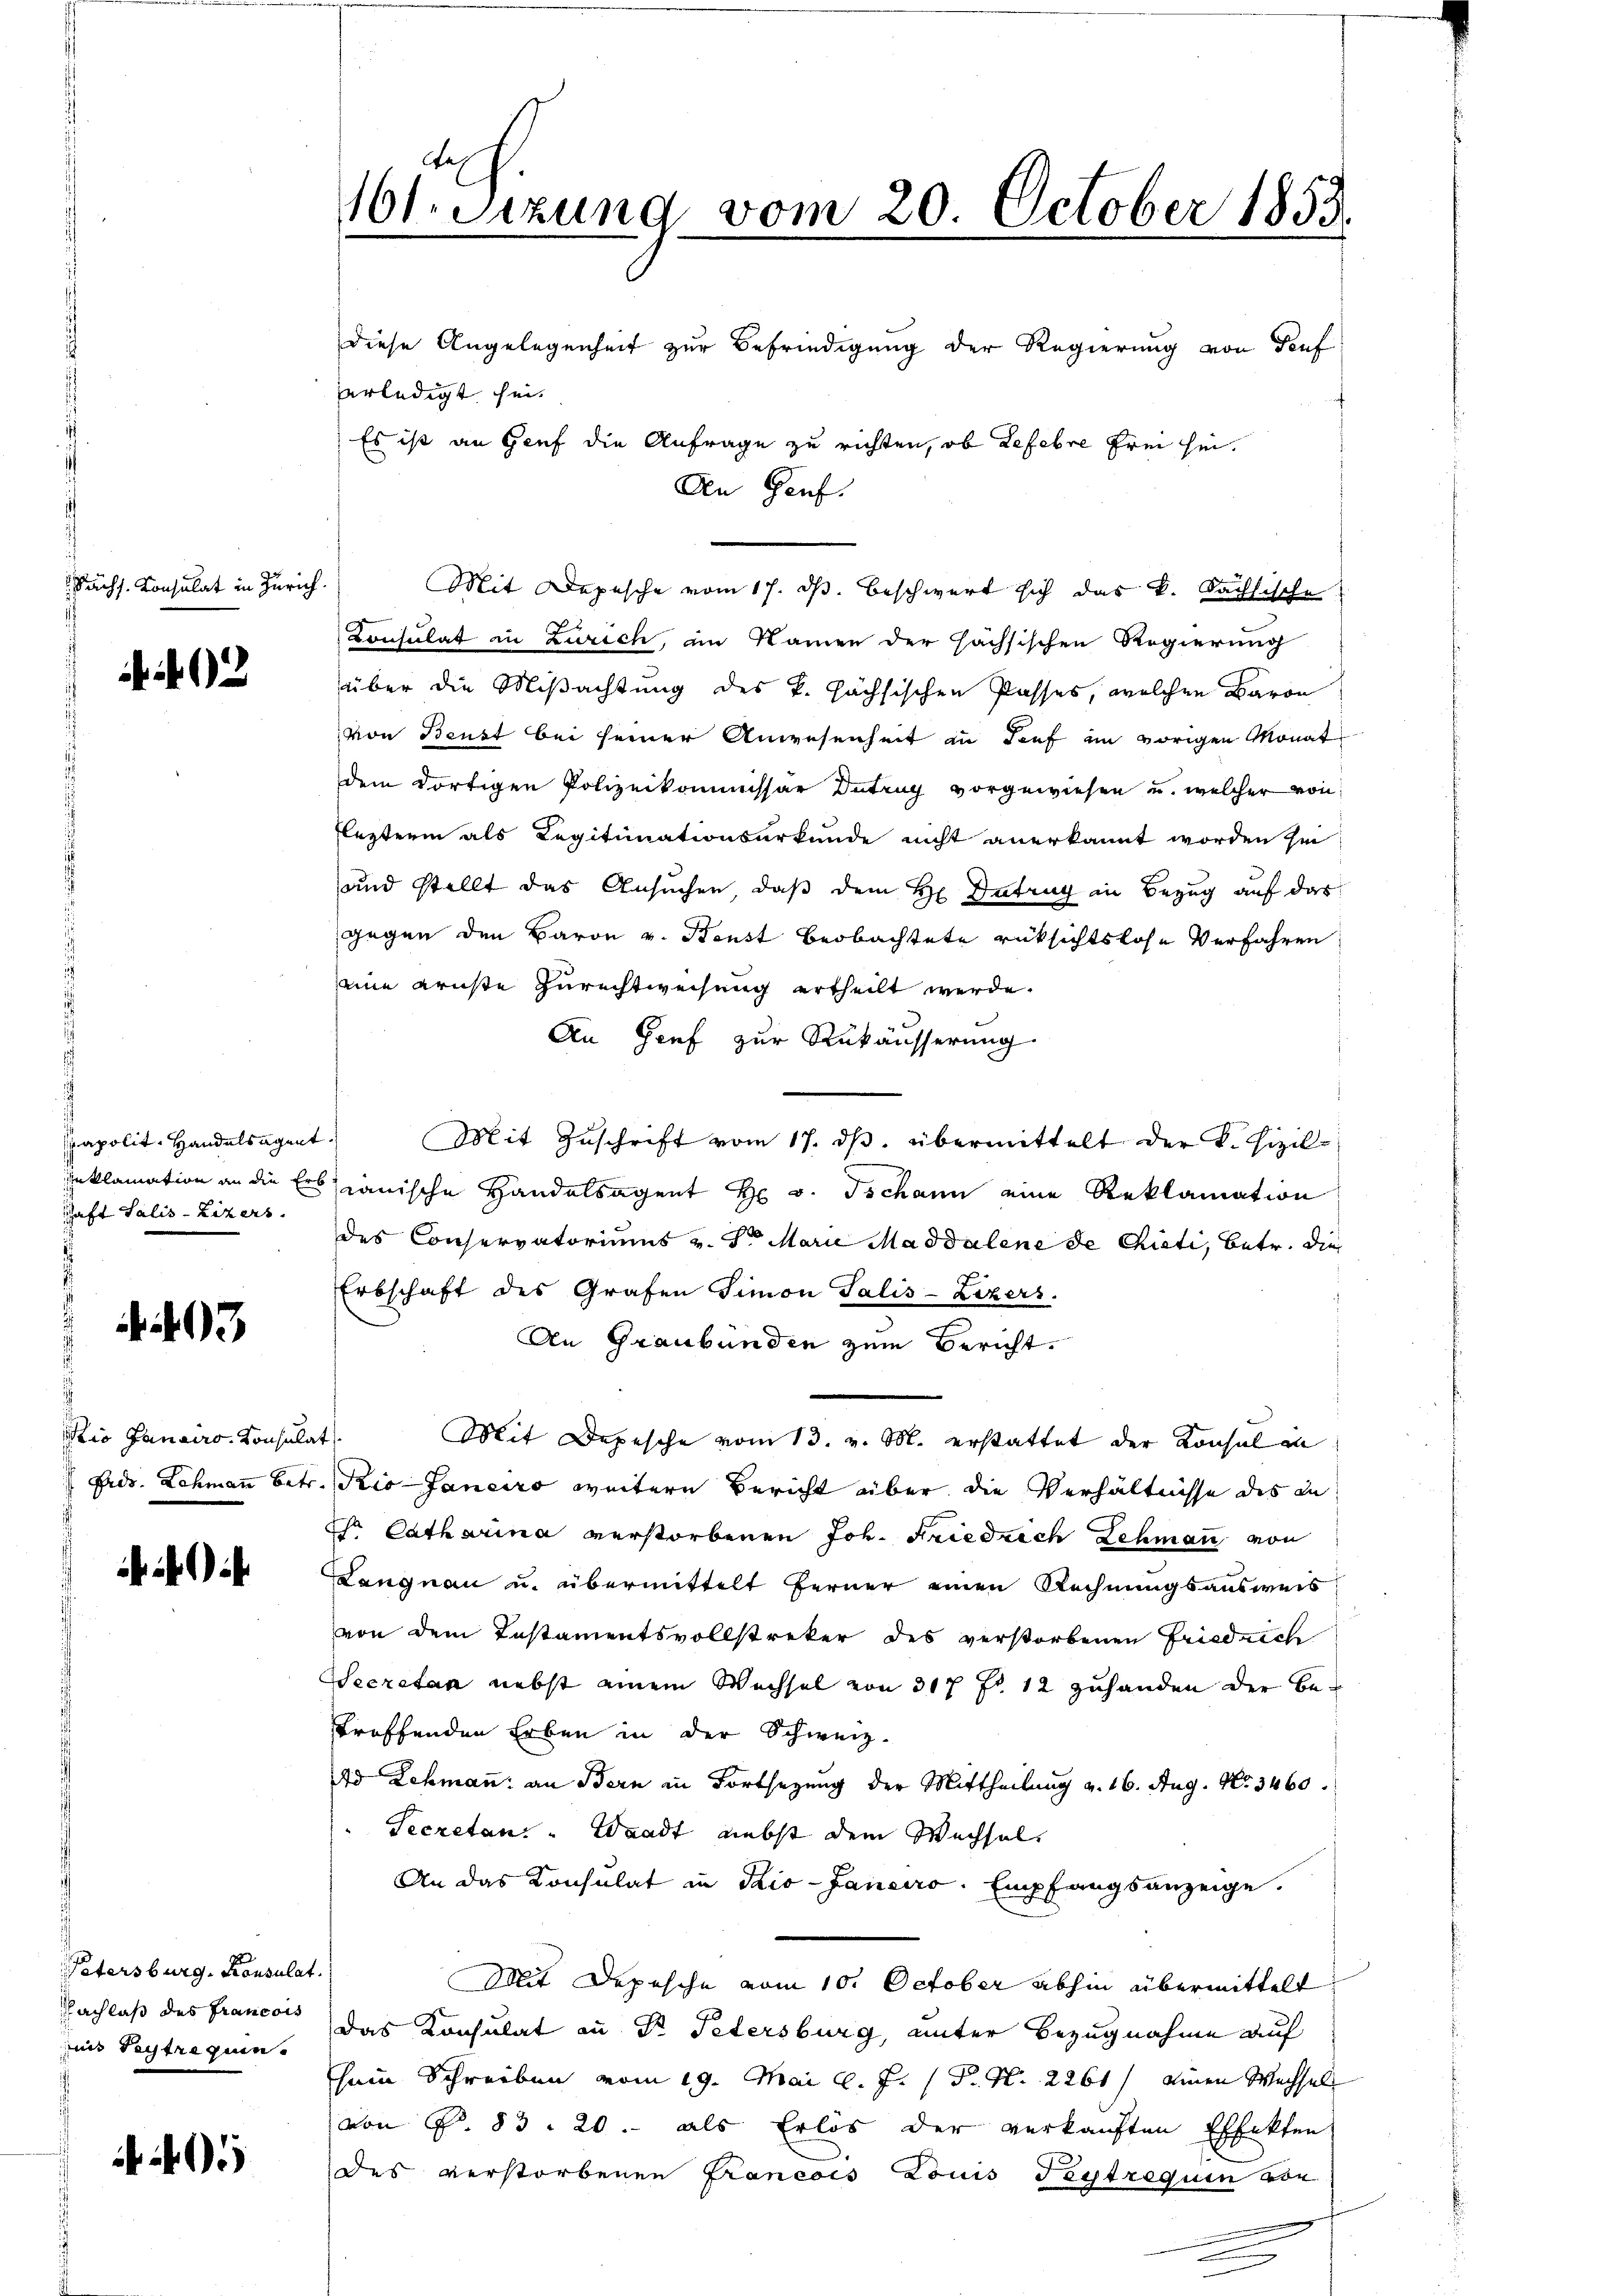
ächs. Consulat in Zürich.

papolit. Handelsagent
inklamation an die Erb
Schaft Salis-Lizers

3

s
io Janairo Konsula
Frds. Lehmann betr.

Petersburg, Konsulat
Nachlaß des Francois
uis Beitrequen

05

e
t.Sizung vom 20. October 1853.

Mit Depesche vom 17. ds. beschwert sich das k. Sächsische
Consulat in Zürich, im Namen der Hachsischen Regierung
über die Mißachtung des k. höchsischen Passes, welchen Baron
von Beust bei seiner Anwesenheit in Tief im vorigen Monat
dem dortigen Polizeikommissar Dutrug vorgewiesen u. welcher von
Flezterm als Legitimationsurkunde nicht anerkannt worden hi
und stellt das Ansuchen, daß dem H. Betrug in Bezug auf das
gegen den Baron v. Beust beobachtete rüksichtslose Verfahren
eine ernste Zurechtweisung ertheilt werde.
An Genf zur Rükäusserung
canische Handelsagent H v. Tschann eine Reklamation
des Conservatoriums v. Sr Marie Maddalene de Rieti, betr. die
Erbschaft des Grafen Simon Salis-Lizers.
An Graubünden zum Bericht.
s
Mit Depesche vom 13. v. M. erstattet der Konsul in
Kio-Janeiro weitern Bericht über die Verhältnisse des in
a Catharina verstorbenen Joh. Friedrich Lehmann von
Langnau u. übermittelt ferner einen Rechnungsausweis
von dem Instamentsvollstreker des verstorbenen Friedrich
Secretan nebst einem Wechsel von 317 f 12 zuhanden der Betroffenden Erben in der Schweiz.
dd Lehmann an Bern in Fortsezung der Mittheilung v. 16. Aug. No 3460.
Secretan. Waadt, nebst dem Wechsel
An das Konsulat in Pio-Janeiro. Empfangsanzeige.
Mit Depesche vom 10. October abhin übermittelt
Das Konsulat in Dr. Petersburg, unter Bezugnahme auf
sein Schreiben vom 19. Mai l. J. P. Nr. 2261) einen Wechsel
von P. 83. 20. als Erlös der verkauften Effekten
des verstorbenen Francois Louis Festrequen von

diese Angelegenheit zur Befriedigung der Regierung von Teuf

verledigt sei.
Es ist an Genf die Anfrage zu richten, ob Refebre frei sei.
Den Genf.

Mit Zŭschrift vom 17. dβ. übermittelt der k. Fizil-